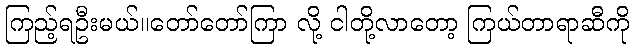
ကြည့်ရဦးမယ်။တော်တော်ကြာ လို့ ငါတို့လာတော့ ကြယ်တာရာဆီကို